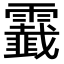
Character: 𩆧